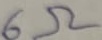
Text: 6Ω